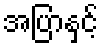
အပြာနှင့်